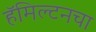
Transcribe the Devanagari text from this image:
हॅमिल्टनचा